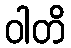
ဝါတိ